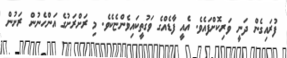
ފުރައިގެން ދަނީ ވަރިކޮށްފައެވެ. އެއީ ފާޑެއްގެ ވަގުތީކައިވެންޏެކެވެ. މި ރަށްރަށުގެ އަންހެނުން ރަށުން